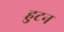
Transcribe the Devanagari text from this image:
हुटन